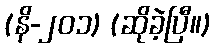
(နိ-၂၀၁) (ဆိုခဲ့ပြီ။)